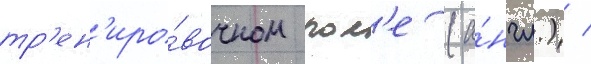
тр'ен'иро́вочном пол'е (а́нгл.) /